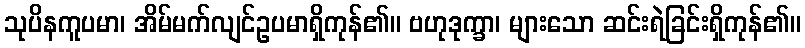
သုပိနကူပမာ၊ အိမ်မက်လျင်ဥပမာရှိကုန်၏။ ဗဟုဒုက္ခာ၊ များသော ဆင်းရဲခြင်းရှိကုန်၏။